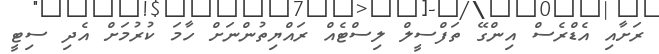
ރަށާއި އެޑްރެސް އިންގޭ ތަފްސީލް ލިސްޓެއް ރައްޔިތުންނަށް ހާމަ ކުރުމަށް އެދި ސިޓީ